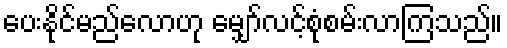
ပေးနိုင်မည်လောဟု မျှော်လင့်စုံစမ်းလာကြသည်။